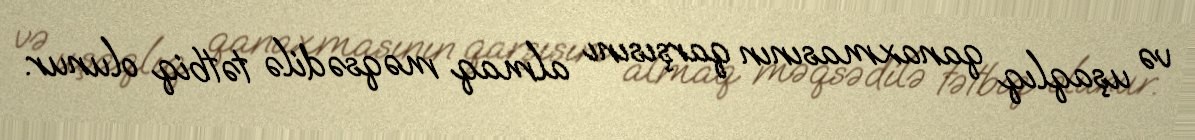
və uşaqlıq qanaxmasının qarşısını almaq məqsədilə tətbiq olunur.